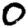
Digit: 0